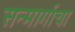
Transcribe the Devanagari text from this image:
सन्मार्गाचा